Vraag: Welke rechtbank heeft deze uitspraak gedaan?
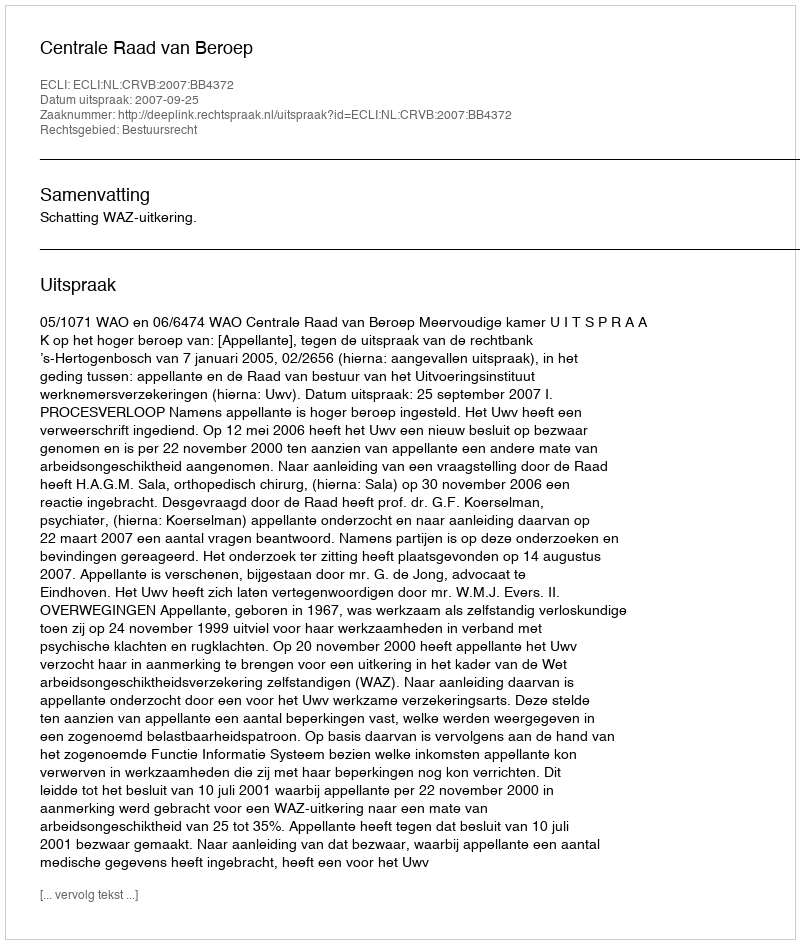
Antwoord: Centrale Raad van Beroep